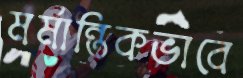
মর্মান্তিকভাবে